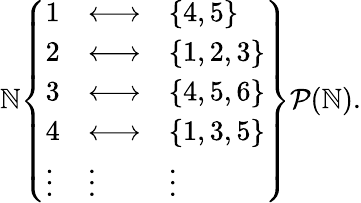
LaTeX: \mathbb{N}{\left\{ \begin{array}{lll}{1}&{\longleftrightarrow}&{\{ 4,5\} }\\ {2}&{\longleftrightarrow}&{\{ 1,2,3\} }\\ {3}&{\longleftrightarrow}&{\{ 4,5,6\} }\\ {4}&{\longleftrightarrow}&{\{ 1,3,5\} }\\ {\vdots}&{\vdots}&{\vdots}\end{array}\right\} }{\mathcal{P}}(\mathbb{N}).